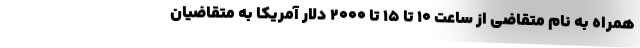
همراه به نام متقاضی از ساعت ۱۰ تا ۱۵ تا ۲۰۰۰ دلار آمریکا به متقاضیان